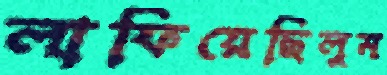
লাফিয়েছিলুম